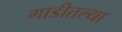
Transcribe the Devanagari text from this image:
गाडीतल्या